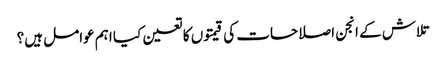
تلاش کے انجن اصلاحات کی قیمتوں کا تعین کیا اہم عوامل ہیں؟